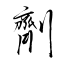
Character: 劑